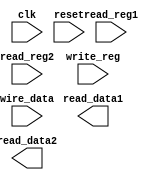

// Version:     2 (Modified 19 February 2015)
// Description: This file contains a behavioral definition for an instruct incrementer.

module reg_bank(clk, reset, read_reg1, read_reg2, write_reg, wire_data, read_data1, read_data2);

input wire clk;
input wire reset;
input wire [25:21] read_reg1;
input wire [20:16] read_reg2;
input wire [31:0] write_reg;
input wire [31:0] wire_data;
output reg [31:0] read_data1;
output reg [31:0] read_data2;

reg [31:0] r0;
reg [31:0] r1;
reg [31:0] r2;
reg [31:0] r3;
reg [31:0] r4;
reg [31:0] r5;
reg [31:0] r6;
reg [31:0] r7;
reg [31:0] r8;
reg [31:0] r9;
reg [31:0] r10;
reg [31:0] r11;
reg [31:0] r12;
reg [31:0] r13;
reg [31:0] r14;
reg [31:0] r15;
reg [31:0] r16;
reg [31:0] r17;
reg [31:0] r18;
reg [31:0] r19;
reg [31:0] r20;
reg [31:0] r21;
reg [31:0] r22;
reg [31:0] r23;
reg [31:0] r24;
reg [31:0] r25;
reg [31:0] r26;
reg [31:0] r27;
reg [31:0] r28;
reg [31:0] r29;
reg [31:0] r30;
reg [31:0] r31;

always @(posedge clk or negedge reset) begin
    if(reset == 0) begin
	r0 = 0;
	r1 = 0;
	r2 = 0;
	r3 = 0;
	r4 = 0;
	r5 = 0;
	r6 = 0;
	r7 = 0;
	r8 = 0;
	r9 = 0;
	r10 = 0;
	r11 = 0;
	r12 = 0;
	r13 = 0;
	r14 = 0;
	r15 = 0;
	r16 = 0;
	r17 = 0;
	r18 = 0;
	r19 = 0;
	r20 = 0;
	r21 = 0;
	r22 = 0;
	r23 = 0;
	r24 = 0;
	r25 = 0;
	r26 = 0;
	r27 = 0;
	r28 = 0;
	r29 = 0;
	r30 = 0;
	r31 = 0;
    end else begin
	
    end
end


endmodule